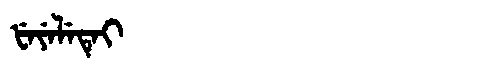
Manchu: ᡶᡝᠶᡝᠯᡝᡨᡝᡳ
Romanization: FEYELETEI